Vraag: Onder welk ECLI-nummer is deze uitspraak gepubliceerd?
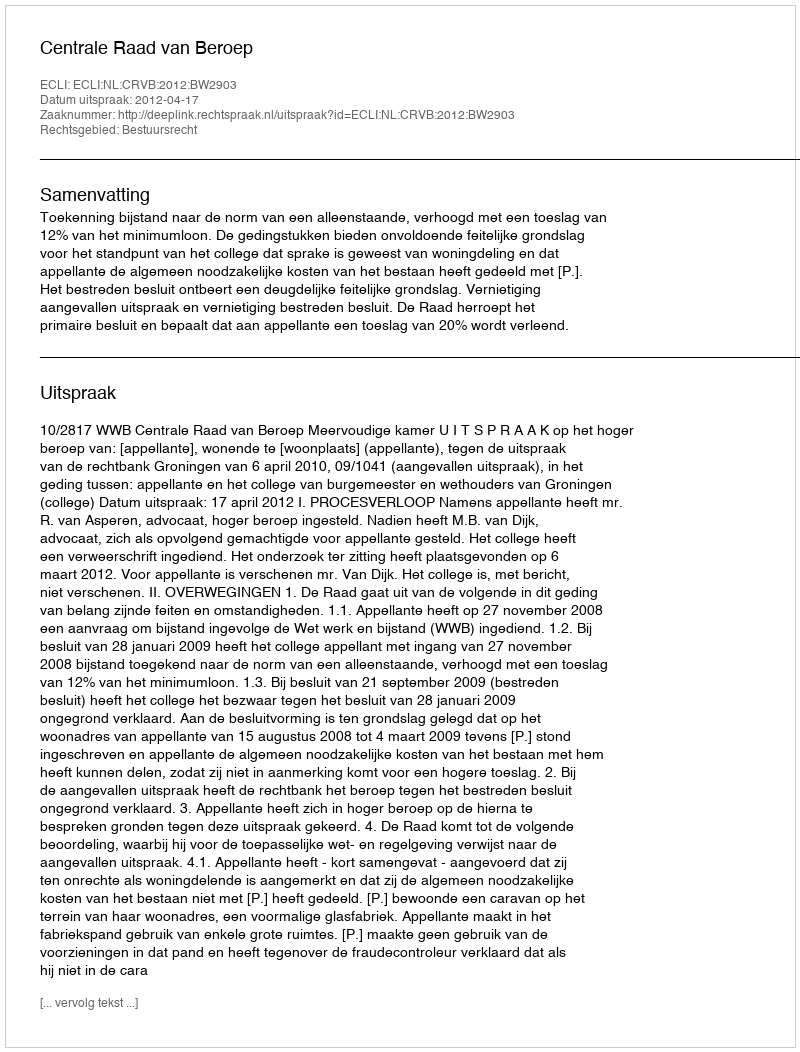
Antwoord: ECLI:NL:CRVB:2012:BW2903